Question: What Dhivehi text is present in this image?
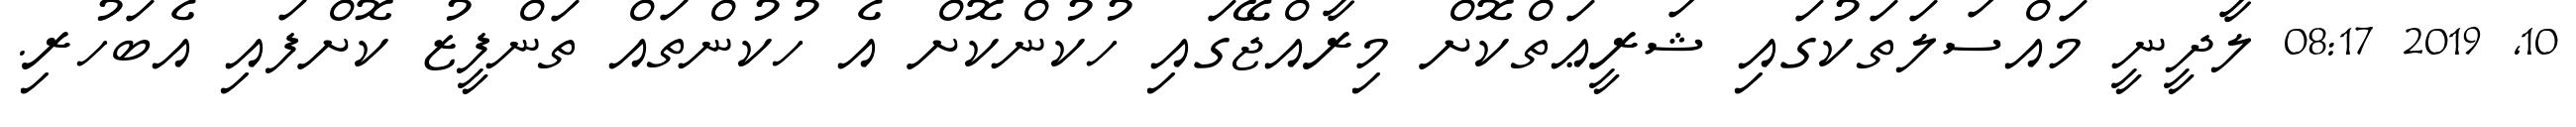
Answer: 10, 2019 08:17 ލާދީނީ މައްސަލަތަކުގައި ޝަރީޢަތްކޮށް މިރާއްޖޭގައި ހުކުންކޮށް އެ ހުކުންތައް ތަންފީޒު ކޮށްފައި އެބަހުރި.